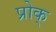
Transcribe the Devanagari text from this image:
प्रोक्